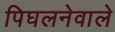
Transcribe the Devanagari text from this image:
पिघलनेवाले